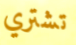
تشتري